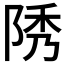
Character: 𨹳